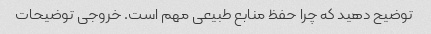
توضیح دهید که چرا حفظ منابع طبیعی مهم است. خروجی توضیحات